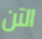
الآن